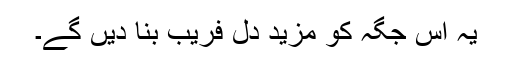
یہ اس جگہ کو مزید دل فریب بنا دیں گے۔